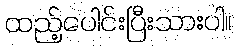
ထည့်ပေါင်းပြီးသားပါ။